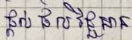
ផ្តល់ ផល វិជ្ជមាន